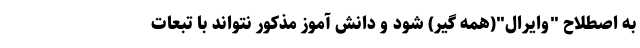
به اصطلاح "وایرال"(همه گیر) شود و دانش آموز مذکور نتواند با تبعات